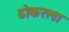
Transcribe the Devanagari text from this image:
ठोकरला